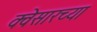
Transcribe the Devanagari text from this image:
क्वेसारच्या